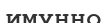
имунно